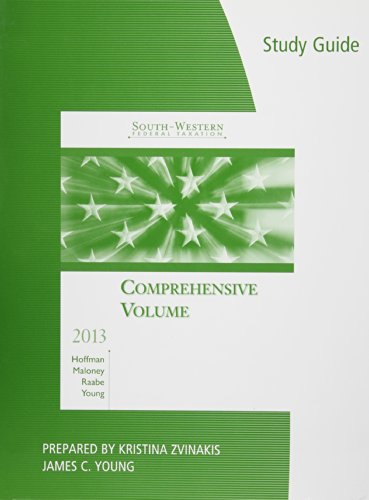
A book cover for Study Guide for Hoffman/Maloney/Raabe/Young's South-Western Federal Taxation 2013: Comprehensive, 36th; William H. Hoffman; Law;